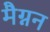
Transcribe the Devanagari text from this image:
मैग्नन